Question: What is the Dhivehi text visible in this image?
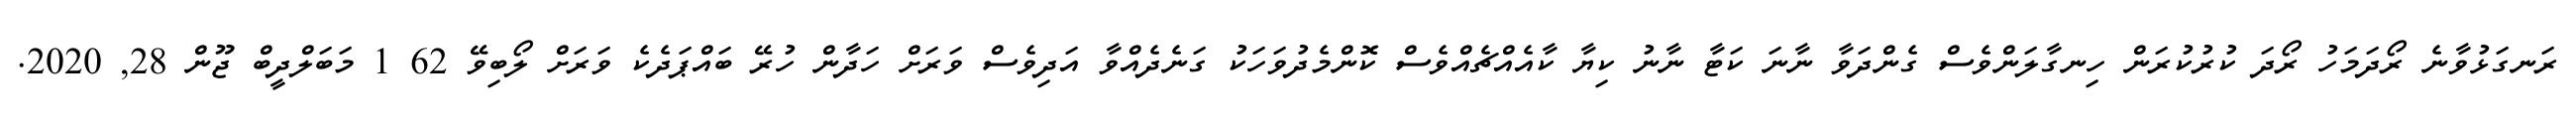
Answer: ރަނގަޅުވާނެ ރޯދަމަހު ރޯދަ ކުރުކުރަން ހިނގާލަންވެސް ގެންދަވާ ނާނަ ކަޓާ ނާނު ކިޔާ ކާއެއްޗެއްވެސް ކޮންމެދުވަހަކު ގަނެދެއްވާ އަދިވެސް ވަރަށް ހަދާން ހުރޭ ބައްޕަދެކެ ވަރަށް ލޯބިވޭ 62 1 މަބަލްދީބް ޖޫން 28, 2020.